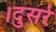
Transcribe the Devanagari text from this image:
।दुसरे